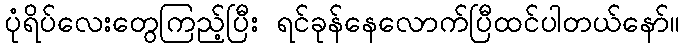
ပုံရိပ်လေးတွေကြည့်ပြီး ရင်ခုန်နေလောက်ပြီထင်ပါတယ်နော်။